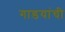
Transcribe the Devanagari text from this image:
गाडयांची